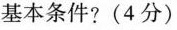
基本条件?(4分)